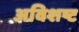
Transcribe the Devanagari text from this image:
अविशष्ट